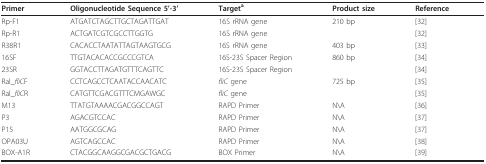
| Primer | Oligonucleotide Sequence 5'-3' | Targeta | Product size | Reference |
 | --- | --- | --- | --- | --- |
 | Rp-F1 | ATGATCTAGCTTGCTAGATTGAT | 16S rRNA gene | 210 bp | [32] |
 | Rp-R1 | ACTGATCGTCGCCTTGGTG | 16S rRNA gene |  | [32] |
 | R38R1 | CACACCTAATATTAGTAAGTGCG | 16S rRNA gene | 403 bp | [33] |
 | 16SF | TTGTACACACCGCCCGTCA | 16S-23S Spacer Region | 860 bp | [34] |
 | 23SR | GGTACCTTAGATGTTTCAGTTC | 16S-23S Spacer Region |  | [34] |
 | Ral_fliCF | CCTCAGCCTCAATACCAACATC | fliC gene | 725 bp | [35] |
 | Ral_fliCR | CATGTTCGACGTTTCMGAWGC | fliC gene |  | [35] |
 | M13 | TTATGTAAAACGACGGCCAGT | RAPD Primer | N\A | [36] |
 | P3 | AGACGTCCAC | RAPD Primer | N\A | [37] |
 | P15 | AATGGCGCAG | RAPD Primer | N\A | [37] |
 | OPA03U | AGTCAGCCAC | RAPD Primer | N\A | [38] |
 | BOX-A1R | CTACGGCAAGGCGACGCTGACG | BOX Primer | N\A | [39] |